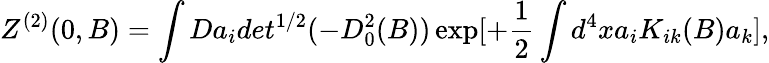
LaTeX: Z^{(2)}(0,B)=\int Da_{i}det^{1/2}(-D_{0}^{2}(B))\exp[+\frac{1}{2}\int d^{4}xa_{i}K_{ik}(B)a_{k}],